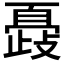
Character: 𣦞